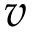
v